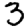
Digit: 3